Rangoon Lunatic Asylum 1878-1892 - 1878-1892
Year: 1878
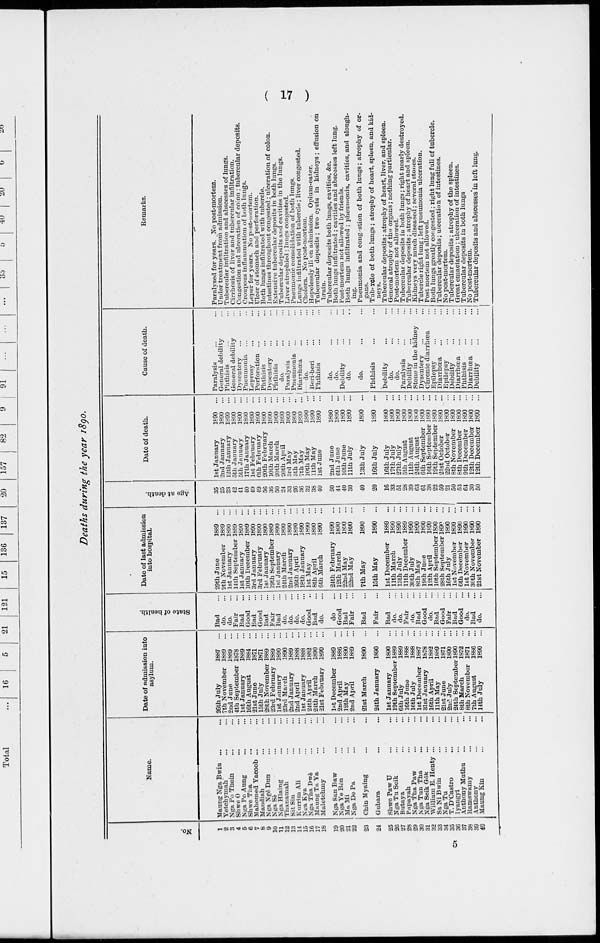
( 17 )
Deaths during the year 1890.
No.
1
2
3
4
5
6
7
8
9
10
11
12
13
14
15
16
17
18
19
20
21
22
23
24
25
26
27
28
29
30
31
32
33
34
35
36
37
38
39
40
Name.
Maung Nga Bwin ... ...
Yetchymah ... ...
Nga Po Thein ... ...
Shwe O ... ...
Nga Po Aung ... ...
Shwe Tha ... ...
Mahomed Yacoob ... ...
Maudiah ... ...
Nga Ngè Dun ... ...
Nga Sè ... ...
Nga Hlaing ... ...
Thanamah ... ...
Sit Sin ... ...
Kurrim Ali ... ...
Nga Kya ... ...
Nga Tha Dwè ... ...
Maung Ta Ya ... ...
Maletchmy ... ...
Nga San Baw ... ...
Nga Ye Bôn ... ...
Ma Mi ... ...
Nga De Pa ... ...
Chin Myaing ... ...
Gubara ... ...
Shwe Paw U ... ...
Nga Tu Seik ... ...
Butaya ... ...
Papayah ... ...
Nga Tha Paw ... ...
Nga Tun Tha ... ...
Nga Seik Gôk ... ...
William E. Henty ... ...
Sa Ni Bwin ... ...
Nga Tu ... ...
T. D'Castro ... ...
Ivangyi ... ...
Anthony Muthu ... ...
Ramswamy ... ...
Anthony ... ...
Maung Kin ... ...
Date of admission into
asylum.
26th July
1887 ...
7th November 1889 ...
2nd June
1889 ...
4th September 1878 ...
1st January
1889 ...
16th August
1884 ...
21st June
1871 ...
15th July
1871 ...
28th November 1889 ...
23rd February 1889 ...
1st January
1890 ...
23rd March
1890 ...
2nd January
1889 ...
2nd April
1888 ...
1st January
1888 ...
24th April
1882 ...
24th March
1890 ...
21st February 1890 ...
1st December 1889 ...
2nd April
1886 ...
12th May
1890 ...
2nd April
1889 ...
21st March
1890 ...
24th January
1890 ...
1st January
1890 ...
19th September 1889 ...
6th July
1889 ...
16th June
1888 ...
16th July
1888 ...
1st December 1887 ...
31st January
1878 ...
16th April
1882 ...
11th May
1889 ...
21st June
1871 ...
2nd July
1890 ...
24th September 1890 ...
8th March
1872 ...
8th November 1871 ...
7th August
1886 ...
14th July
1890 ...
State of health.
Bad ...
do. ...
do. ...
Fair ...
Bad ...
Good
...
Bad ...
Good ...
Bad ...
Fair ...
Bad ...
do. ...
do. ...
do. ...
do. ...
Good ...
Bad ...
do. ...
do. ...
Good
...
Bad ...
Fair ...
Bad ...
Fair ...
Bad ...
do. ...
do. ...
Fair ...
do. ...
Bad ...
Good
...
do. ...
Bad ...
Good
...
Fair ...
Bad ...
Good ...
do. ...
Bad ...
do. ...
Date of last admission
into hospital.
29th June
1889 ...
9th November 1889 ...
1st January
1890 ...
14th September 1889 ...
1st January
1890 ...
10th December 1889 ...
3rd January
1890 ...
3rd February
1890 ...
1st January
1890 ...
19th September 1889 ...
1st January
1890 ...
24th March
1890 ...
2nd January
1890 ...
26th April
1890 ...
18th January
1890 ...
1st May
1890 ...
8th April
1890 ...
6th March
1890 ...
24th February 1890 ...
12th March
1890 ...
22nd May
1890 ...
22nd May
1890 ...
7th May
1890 ...
15th May
1890 ...
1st December
1889 ...
11th March
1890 ...
13th July
1890 ...
11th December 1889 ...
30th July
1890 ...
8th May
1890 ...
19th June
1890 ...
12th April
1890 ...
10th September 1890 ...
28th September 1890 ...
16th July
1890 ...
1st November 1890 ...
6th December 1890 ...
1st November 1890 ...
30th November 1890 ...
21st November 1890 ...
Age at death.
35
25
23
42
41
40
49
49
56
36
50
24
33
26
36
32
38
40
50
44
40
30
40
20
16
33
51
28
39
63
61
38
22
59
21
50
53
64
30
50
Date of death.
1st January
1890 ...
2nd January
1890 ...
12th January
1890 ...
5th January
1890 ...
5th January
1890 ...
17th January
1890 ...
1st February
1890 ...
6th February
1890 ...
20th February 1890 ...
10th March
1890 ...
20th March
1890 ...
20th April
1890 ...
3rd May
1890 ...
5th May
1890 ...
7th May
1890 ...
10th May
1890 ...
11th May
1890 ...
1st June
1890 ...
2nd June
1890 ...
6th June
1890 ...
10th June
1890 ...
11th July
1890 ...
13th July
1890 ...
16th July
1890 ...
16th July
1890 ...
17th July
1890 ...
27th July
1890 ...
5th August
1890 ...
11th August
1890 ...
24th August
1890 ...
6th September 1890 ...
16th September 1890 ...
19th September 1890 ...
21st October
1890 ...
22nd October
1890 ...
8th November 1890 ...
8th December 1890 ...
9th December 1890 ...
12th December 1890 ...
12th December 1890 ...
Cause of death.
Paralysis ... ...
General debility ...
Phthisis ... ...
General debility ...
Dysentery ... ...
Pneumonia ... ...
Leprosy ... ...
Perforation ... ...
Phthisis ... ...
Dysentery ... ...
Phthisis ... ...
do. ... ...
Paralysis ... ...
Pneumonia ... ...
Diarrhœa ... ...
do. ... ...
Beri-beri ... ...
Phthisis ... ...
do. ... ...
do. ... ...
Debility ... ...
do. ... ...
do. ... ...
Phthisis ... ...
Debility ... ...
do. ... ...
do. ... ...
Paralysis ... ...
Debility ... ...
Stone in the kidney ...
Dysentery ... ...
Chronic diarrhœa ...
Epilepsy ... ...
Diarrhœa ... ...
Epilepsy ... ...
Debility ... ...
Diarrhœa ... ...
Phthisis ... ...
Diarrhœa
...
...
Debility
...
...
Remarks.
Paralysed for years. No post-mortem.
Under treatment from admission.
Tubercular infiltration and abscesses of lungs.
Cirrhosis of liver and tubercular infiltration.
Congestion and ulceration of colon ; tubercular deposits.
Croupous inflammation of both lungs.
Leper for years. No post-mortem.
Ulcer of stomach and perforation.
Both lungs infiltrated with tubercle.
Intestines throughout congested; ulceration of colon.
Extensive tubercular deposits in both lungs.
Tubercular deposits and cavities in the lungs.
Liver atrophied ; lungs congested.
Pneumonic consolidation of both lungs.
Lungs infiltrated with tubercle; liver congested.
Cholera. No post-mortem.
Hopelessly ill on admission. Opium-eater.
Tubercular deposits; two cysts in kidneys; effusion on
brain.
Tubercular deposits both lungs, cavities, &c.
Both lungs infiltrated ; cavities and abscesses left lung.
Post-mortem not allowed by friends.
Both lungs infiltrated ; pheumonia, cavities, and slough-
ing.
Pneumonia and congestion of both lungs; atrophy of or-
gans.
Tubercle of both lungs ; atrophy of heart, spleen, and kid-
neys.
Tubercular deposits; atrophy of heart, liver, and spleen.
General atrophy of the organs; nothing particular.
Post-mortem not allowed.
Tubercular deposits in both lungs; right nearly destroyed.
Tubercular deposits; atrophy of heart and spleen.
Kidneys very much diseased; several stones.
Tubercle right lung; left pneumonia ulceration.
Post mortem not allowed.
Both lungs greatly congested; right lung full of tubercle.
Tubercular deposits; ulceration of intestines.
No post-mortem.
Tubercular deposits; atrophy of the spleen.
Great emaciation; ulceration of intestines.
Tubercular deposits in both lungs.
No post-mortem.
Tubercular deposits and abscesses in left lung.
5